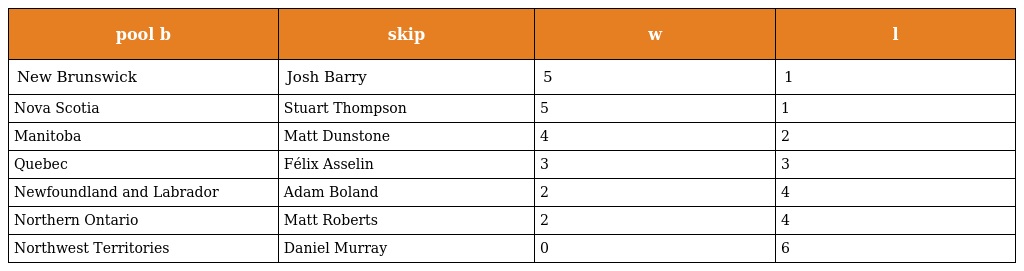
| pool b | skip | w | l |
 | --- | --- | --- | --- |
 | New Brunswick | Josh Barry | 5 | 1 |
 | Nova Scotia | Stuart Thompson | 5 | 1 |
 | Manitoba | Matt Dunstone | 4 | 2 |
 | Quebec | Félix Asselin | 3 | 3 |
 | Newfoundland and Labrador | Adam Boland | 2 | 4 |
 | Northern Ontario | Matt Roberts | 2 | 4 |
 | Northwest Territories | Daniel Murray | 0 | 6 |